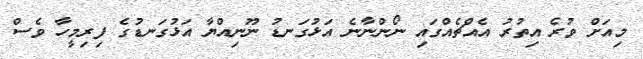
މިއަށް ވުރެ އިތުރު އެއްޗެއްގައި ނޯންނާނެ އަޅުގަނޑު ނޫނިއްޔާ އަޅުގަނޑުގެ ފިރިމީހާ ވެސް